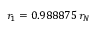
r _ { 1 } = 0 . 9 8 8 8 7 5 \, r _ { N }